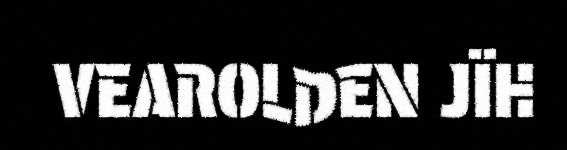
VEAROLDEN JÏH